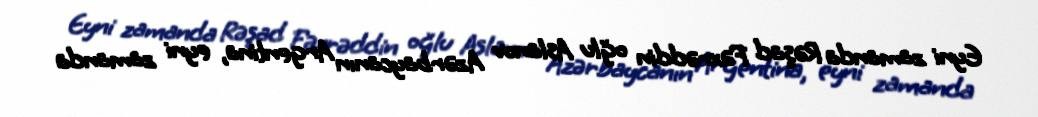
Eyni zamanda Rəşad Fəxrəddin oğlu Aslanov Azərbaycanın Argentina, eyni zamanda